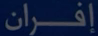
إِفْرَان